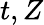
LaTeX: t,Z